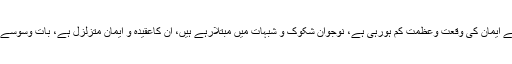
عام مسلمانوں کے دل سے ایمان کی وقعت وعظمت کم ہورہی ہے، نوجوان شکوک و شبہات میں مبتلارہے ہیں، ان کاعقیدہ و ایمان متزلزل ہے، بات وسوسے سے آگے بڑھ گئی ہے۔